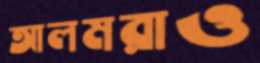
আলমরাও